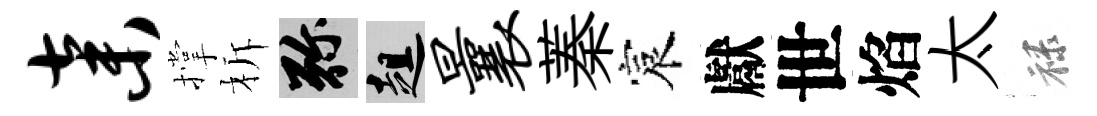
弃撑柝弥趄曩蓁宸獻世焰太禄